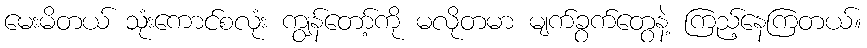
မေးမိတယ် သုံးကောင်စလုံး ကျွန်တော့်ကို မလိုတမာ မျက်ခွက်တွေနဲ့ ကြည့်နေကြတယ်။